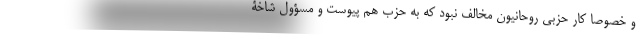
و خصوصا کار حزبی روحانیون مخالف نبود که به حزب هم پیوست و مسؤول شاخۀ